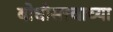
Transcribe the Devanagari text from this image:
बोधीसत्त्वाच्या